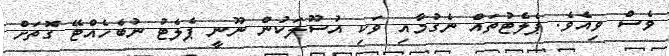
ވެސް ވިއެވެ. ޕެލެޓުތައް ނެގުމާއި ވަކި އުސޫލަކުން ނޫނީ ޕެލެޓު ނުބެހެއްޓޭ ގޮތަށް